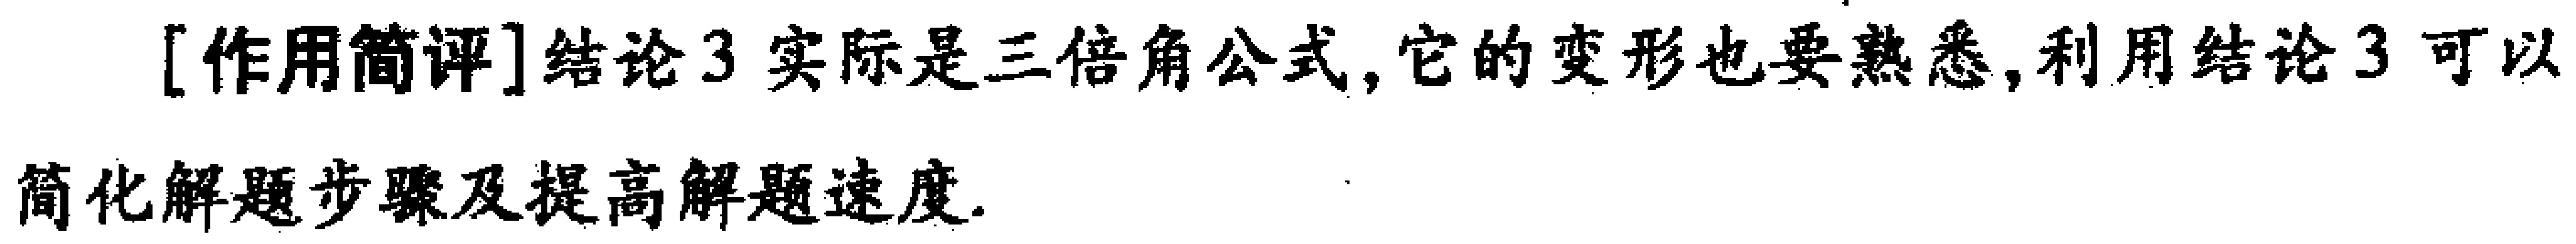
[作用简评]结论3实际是三倍角公式,它的变形也要熟悉,利用结论3可以简化解题步骤及提高解题速度.